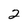
Character: 2